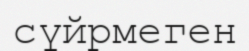
сүйрмеген